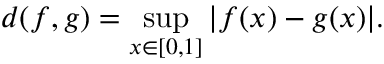
d ( f , g ) = \operatorname* { s u p } _ { x \in [ 0 , 1 ] } | f ( x ) - g ( x ) | .